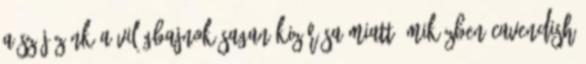
a szájízünk a világbajnok Sagan kizárása miatt, miközben Cavendish